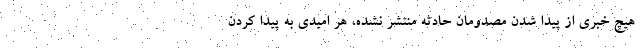
هيچ خبري از پيدا شدن مصدومان حادثه منتشر نشده، هر اميدي به پيدا كردن